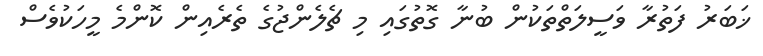
ޚަބަރު ފަތުރާ ވަސީލަތްތަކުން ބުނާ ގޮތުގައި މި ޗެލެންޖުގެ ތެރެއިން ކޮންމެ މީހަކުވެސް